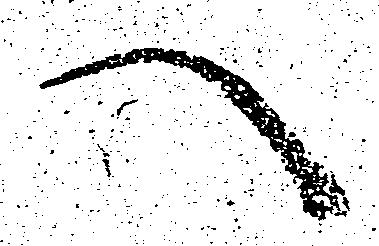
へ